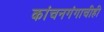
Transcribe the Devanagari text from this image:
कांचनगंगाचीही